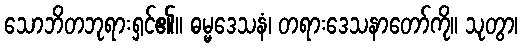
သောဘိတဘုရားရှင်၏။ ဓမ္မဒေသနံ၊ တရားဒေသနာတော်ကို။ သုတွာ၊